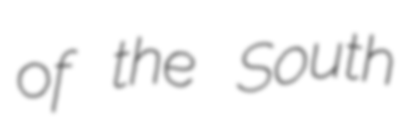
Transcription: of the South